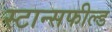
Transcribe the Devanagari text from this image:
स्टान्सफील्ड